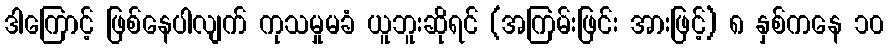
ဒါကြောင့် ဖြစ်နေပါလျက် ကုသမှုမခံ ယူဘူးဆိုရင် (အကြမ်းဖြင်း အားဖြင့်) ၈ နှစ်ကနေ ၁၀